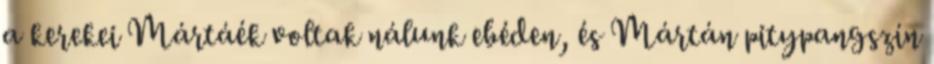
a kerekei Mártáék voltak nálunk ebéden, és Mártán pitypangszín